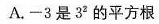
A.-3是3^{2}的平方根